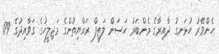
ހެންވޭރު ހުޅަނގު ދާއިރާގެ މެންބަރު ޙަސަން ލަޠީފް ރައްޔިތުންގެ މަޖިލީހުގެ ގަވާއިދުގެ 179